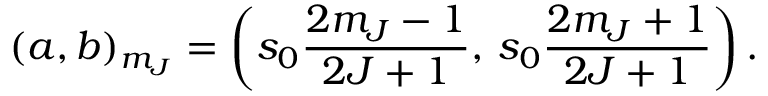
( a , b ) _ { m _ { J } } = \left( s _ { 0 } \frac { 2 m _ { J } - 1 } { 2 J + 1 } , \, s _ { 0 } \frac { 2 m _ { J } + 1 } { 2 J + 1 } \right) .